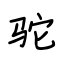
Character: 驼